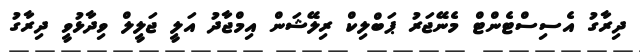
ދިރާގު އެސިސްޓެންޓް މެނޭޖަރު ޕަބްލިކް ރިލޭޝަން އިމްޖާދު އަލީ ޖަލީލް ވިދާޅުވީ ދިރާގު